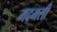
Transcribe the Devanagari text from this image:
मदमसी